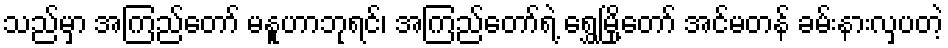
သည်မှာ အကြည်တော် မနူဟာဘုရင်၊ အကြည်တော်ရဲ့ ရွှေမြို့တော် အင်မတန် ခမ်းနားလှပတဲ့